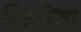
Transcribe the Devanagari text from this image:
ब्रिंडाबेला